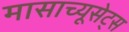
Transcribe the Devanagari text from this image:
मासाच्यूसेट्स